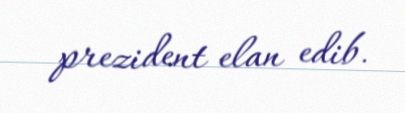
prezident elan edib.